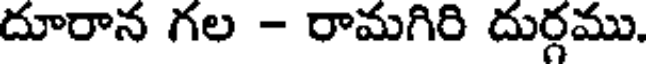
దూరాన గల - రామగిరి దుర్గము.